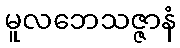
မူလဘေသဇ္ဇာနံ